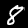
Label: 8